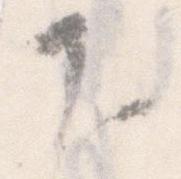
下